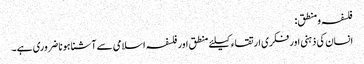
فلسفہ ومنطق:
انسان کی ذہنی اور فکری ارتقاء کیلئے منطق اور فلسفہ اسلامی سے آشنا ہونا ضروری ہے۔